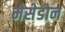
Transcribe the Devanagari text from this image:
मेसेडोन